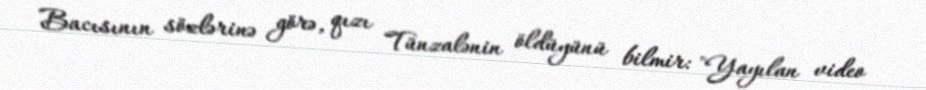
Bacısının sözlərinə görə, qızı Tünzalənin öldüyünü bilmir: "Yayılan video